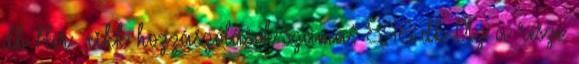
db Hír cikk hozzászólások száma: 846 db Az a része